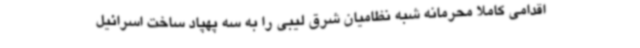
اقدامی کاملاً محرمانه شبه نظامیان شرق لیبی را به سه پهپاد ساخت اسرائیل